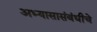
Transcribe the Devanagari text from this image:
अभ्यासासंबंधीचे